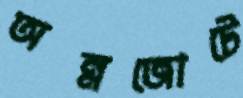
অন্নজোটে